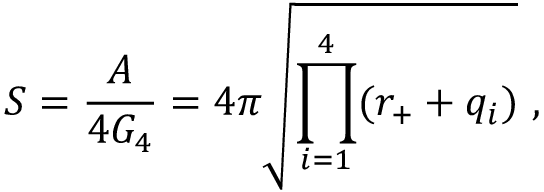
S = { \frac { A } { 4 G _ { 4 } } } = 4 \pi \sqrt { \prod _ { i = 1 } ^ { 4 } ( r _ { + } + q _ { i } ) } \ ,